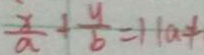
\frac { x } { a } + \frac { y } { b } = 1 1 a \neq